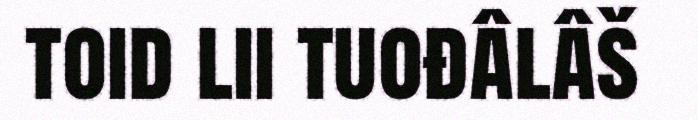
toid lii tuođâlâš